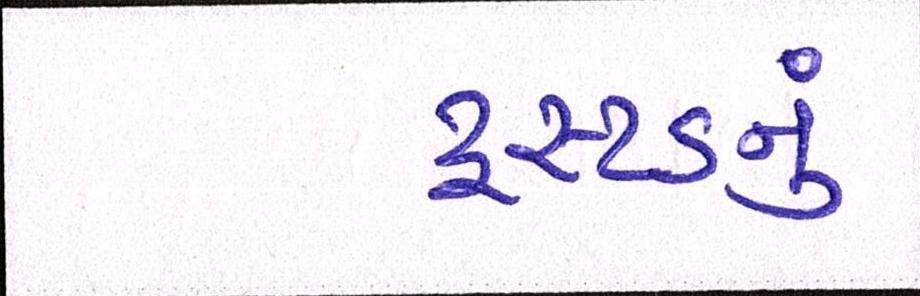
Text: ટ્રસ્ટડનું